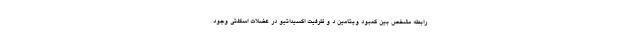
رابطه مشخص بین کمبود ویتامین د و ظرفیت اکسیداتیو در عضلات اسکلتی وجود